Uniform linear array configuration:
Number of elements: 48
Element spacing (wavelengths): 0.25
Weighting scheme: cosine
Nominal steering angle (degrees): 45
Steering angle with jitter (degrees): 46.265
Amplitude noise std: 0.05
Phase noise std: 0.05

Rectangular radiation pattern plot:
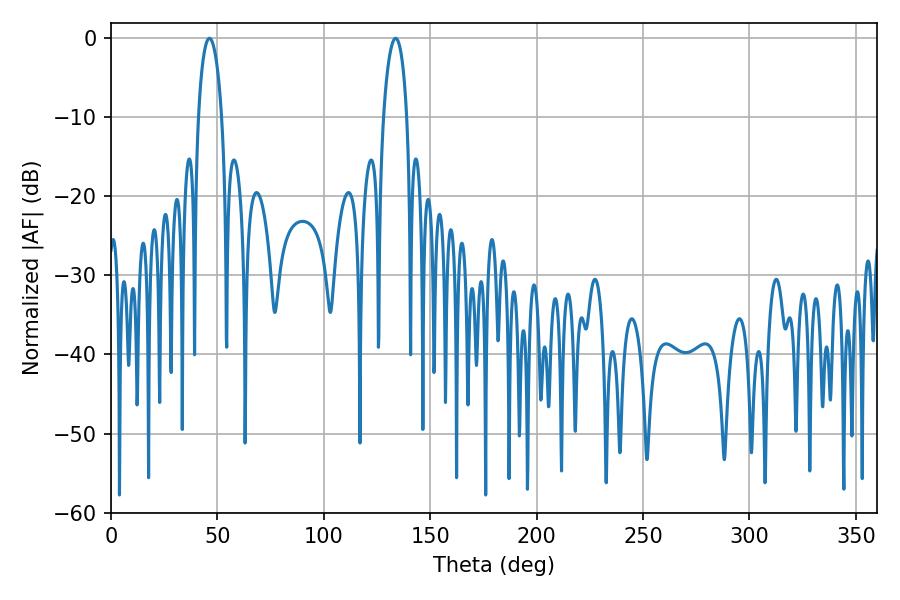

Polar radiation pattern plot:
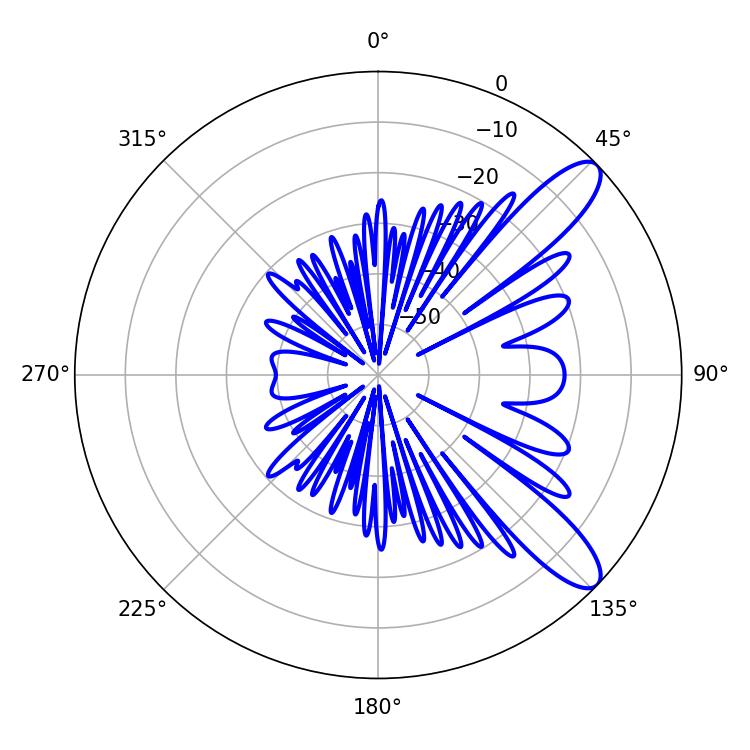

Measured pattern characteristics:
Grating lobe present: FALSE
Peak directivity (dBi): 10.546
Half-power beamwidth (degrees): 6.3
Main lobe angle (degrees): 46.26